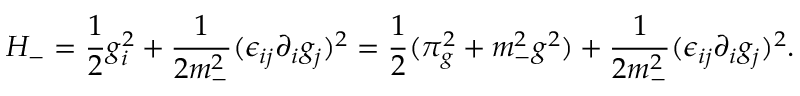
{ \cal H } _ { - } = { \frac { 1 } { 2 } } g _ { i } ^ { 2 } + { \frac { 1 } { 2 m _ { - } ^ { 2 } } } ( \epsilon _ { i j } \partial _ { i } g _ { j } ) ^ { 2 } = { \frac { 1 } { 2 } } ( \pi _ { g } ^ { 2 } + m _ { - } ^ { 2 } g ^ { 2 } ) + { \frac { 1 } { 2 m _ { - } ^ { 2 } } } ( \epsilon _ { i j } \partial _ { i } g _ { j } ) ^ { 2 } .